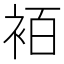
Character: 袹